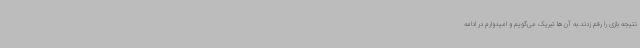
نتیجه بازی را رقم زدند.به آن‌ها تبریک می‌گویم و امیدوارم در ادامه